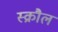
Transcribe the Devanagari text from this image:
स्क्रौल